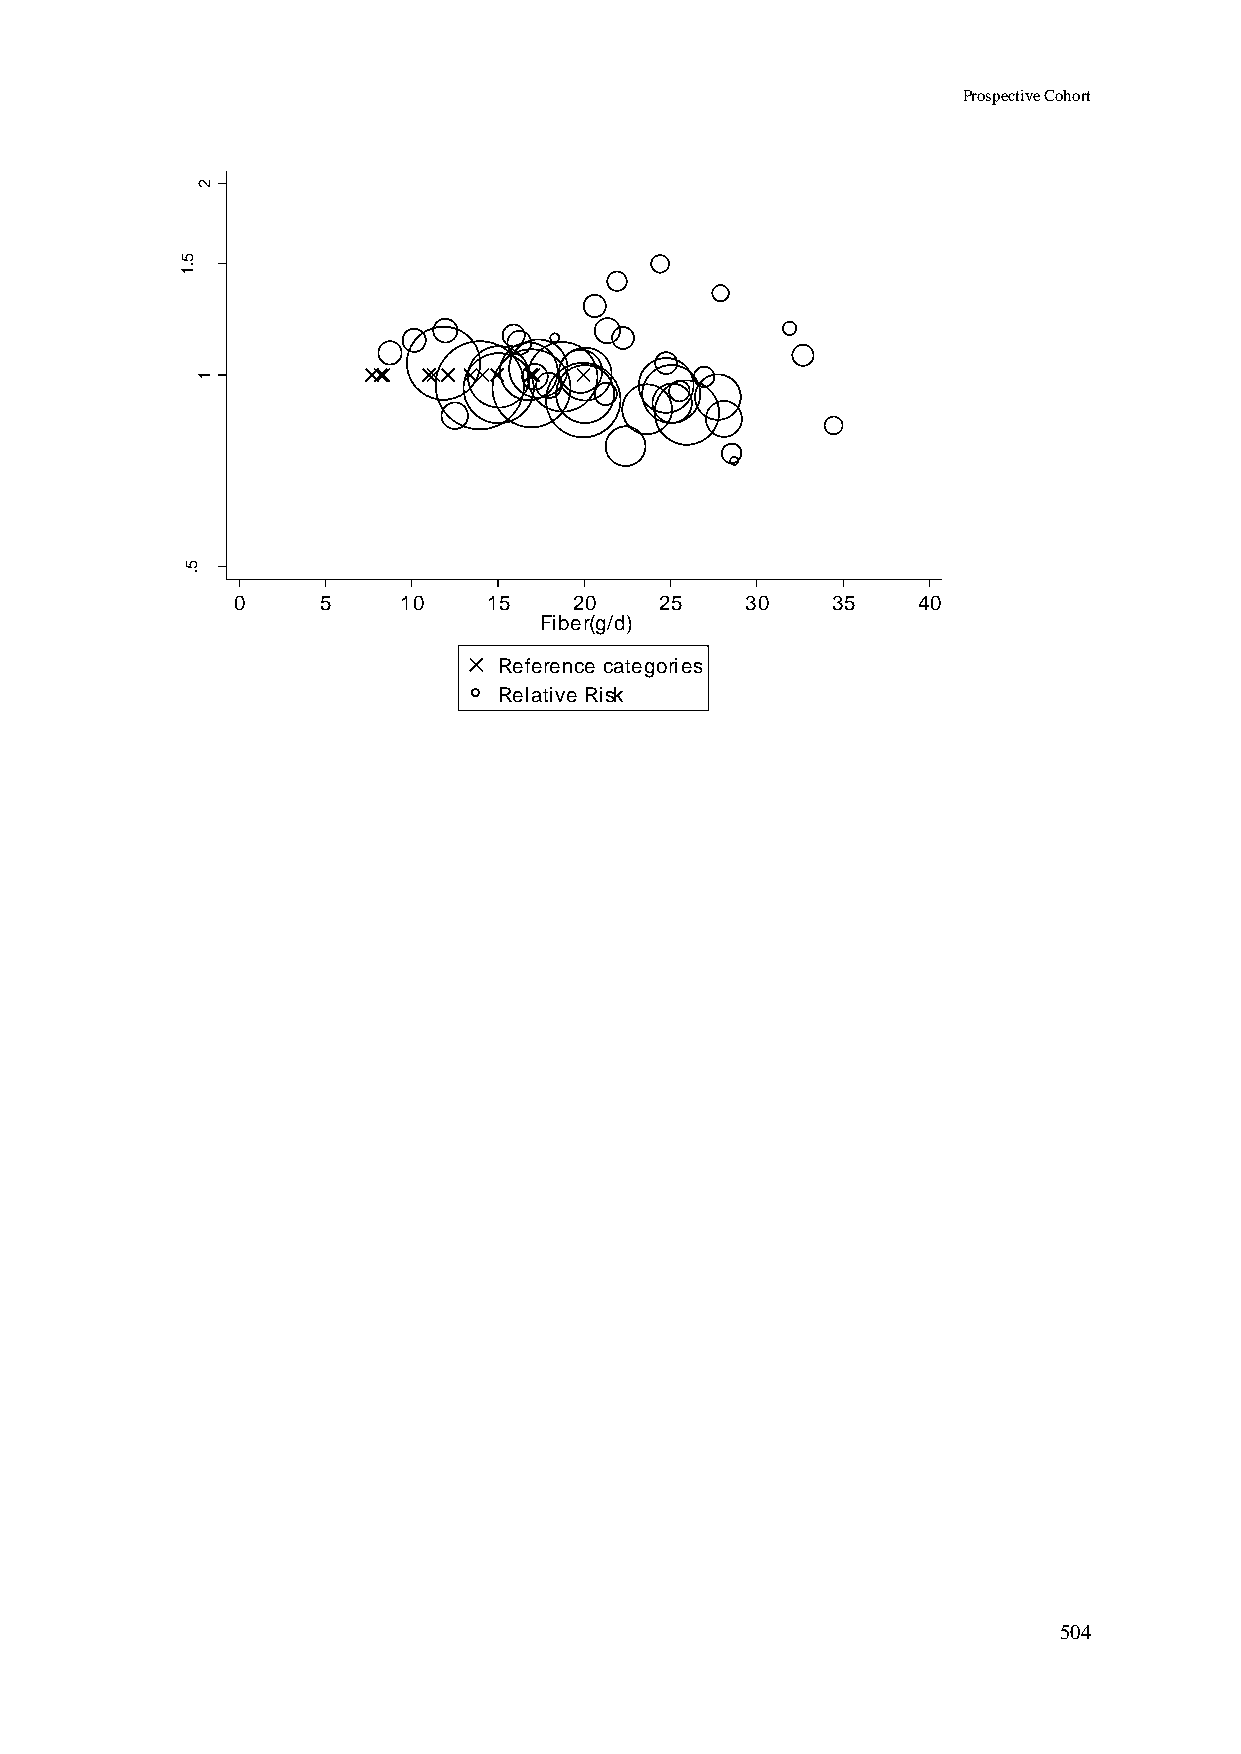
Prospective Cohort
 2
 5
 .1
 R
 R
 d
 e
 t a         1
 m
 its
 E
 5
 .
 0     5    10    15    20    25   30    35    40
 Fiber(g/d)
 Reference categories
 Relative Risk
 504